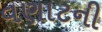
વણાટની